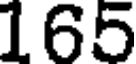
165